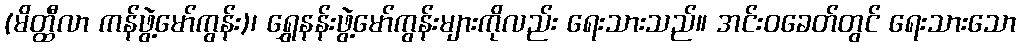
(မိတ္ထီလာ ကန်ဖွဲ့မော်ကွန်း)၊ ရွှေနန်းဖွဲ့မော်ကွန်းများကိုလည်း ရေးသားသည်။ အင်းဝခေတ်တွင် ရေးသားသော